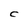
Character: C